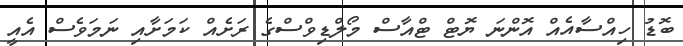
ބޮޑު ހިއްސާއެއް އޮންނަ ޔޮޓް ޓްއާސް މޯލްޑިވްސްގެ ރަށެއް ކަމަށާއި ނަމަވެސް އެއީ